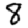
Digit: 8